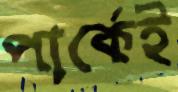
পার্কেই